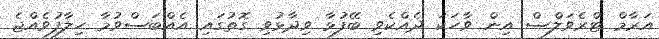
އަރާމް ޓްރެވަލްސް އިން ވާހަކަ ދެއްކެވި ބޭފުޅާ ވިދާޅުވި ގޮތުގައި އެއްބަސްވުމާ ހިލާފުވެއްޖެ